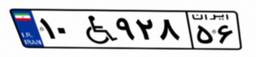
۱۰W۹۲۸۵۶